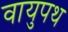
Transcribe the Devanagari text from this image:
वायुपथ